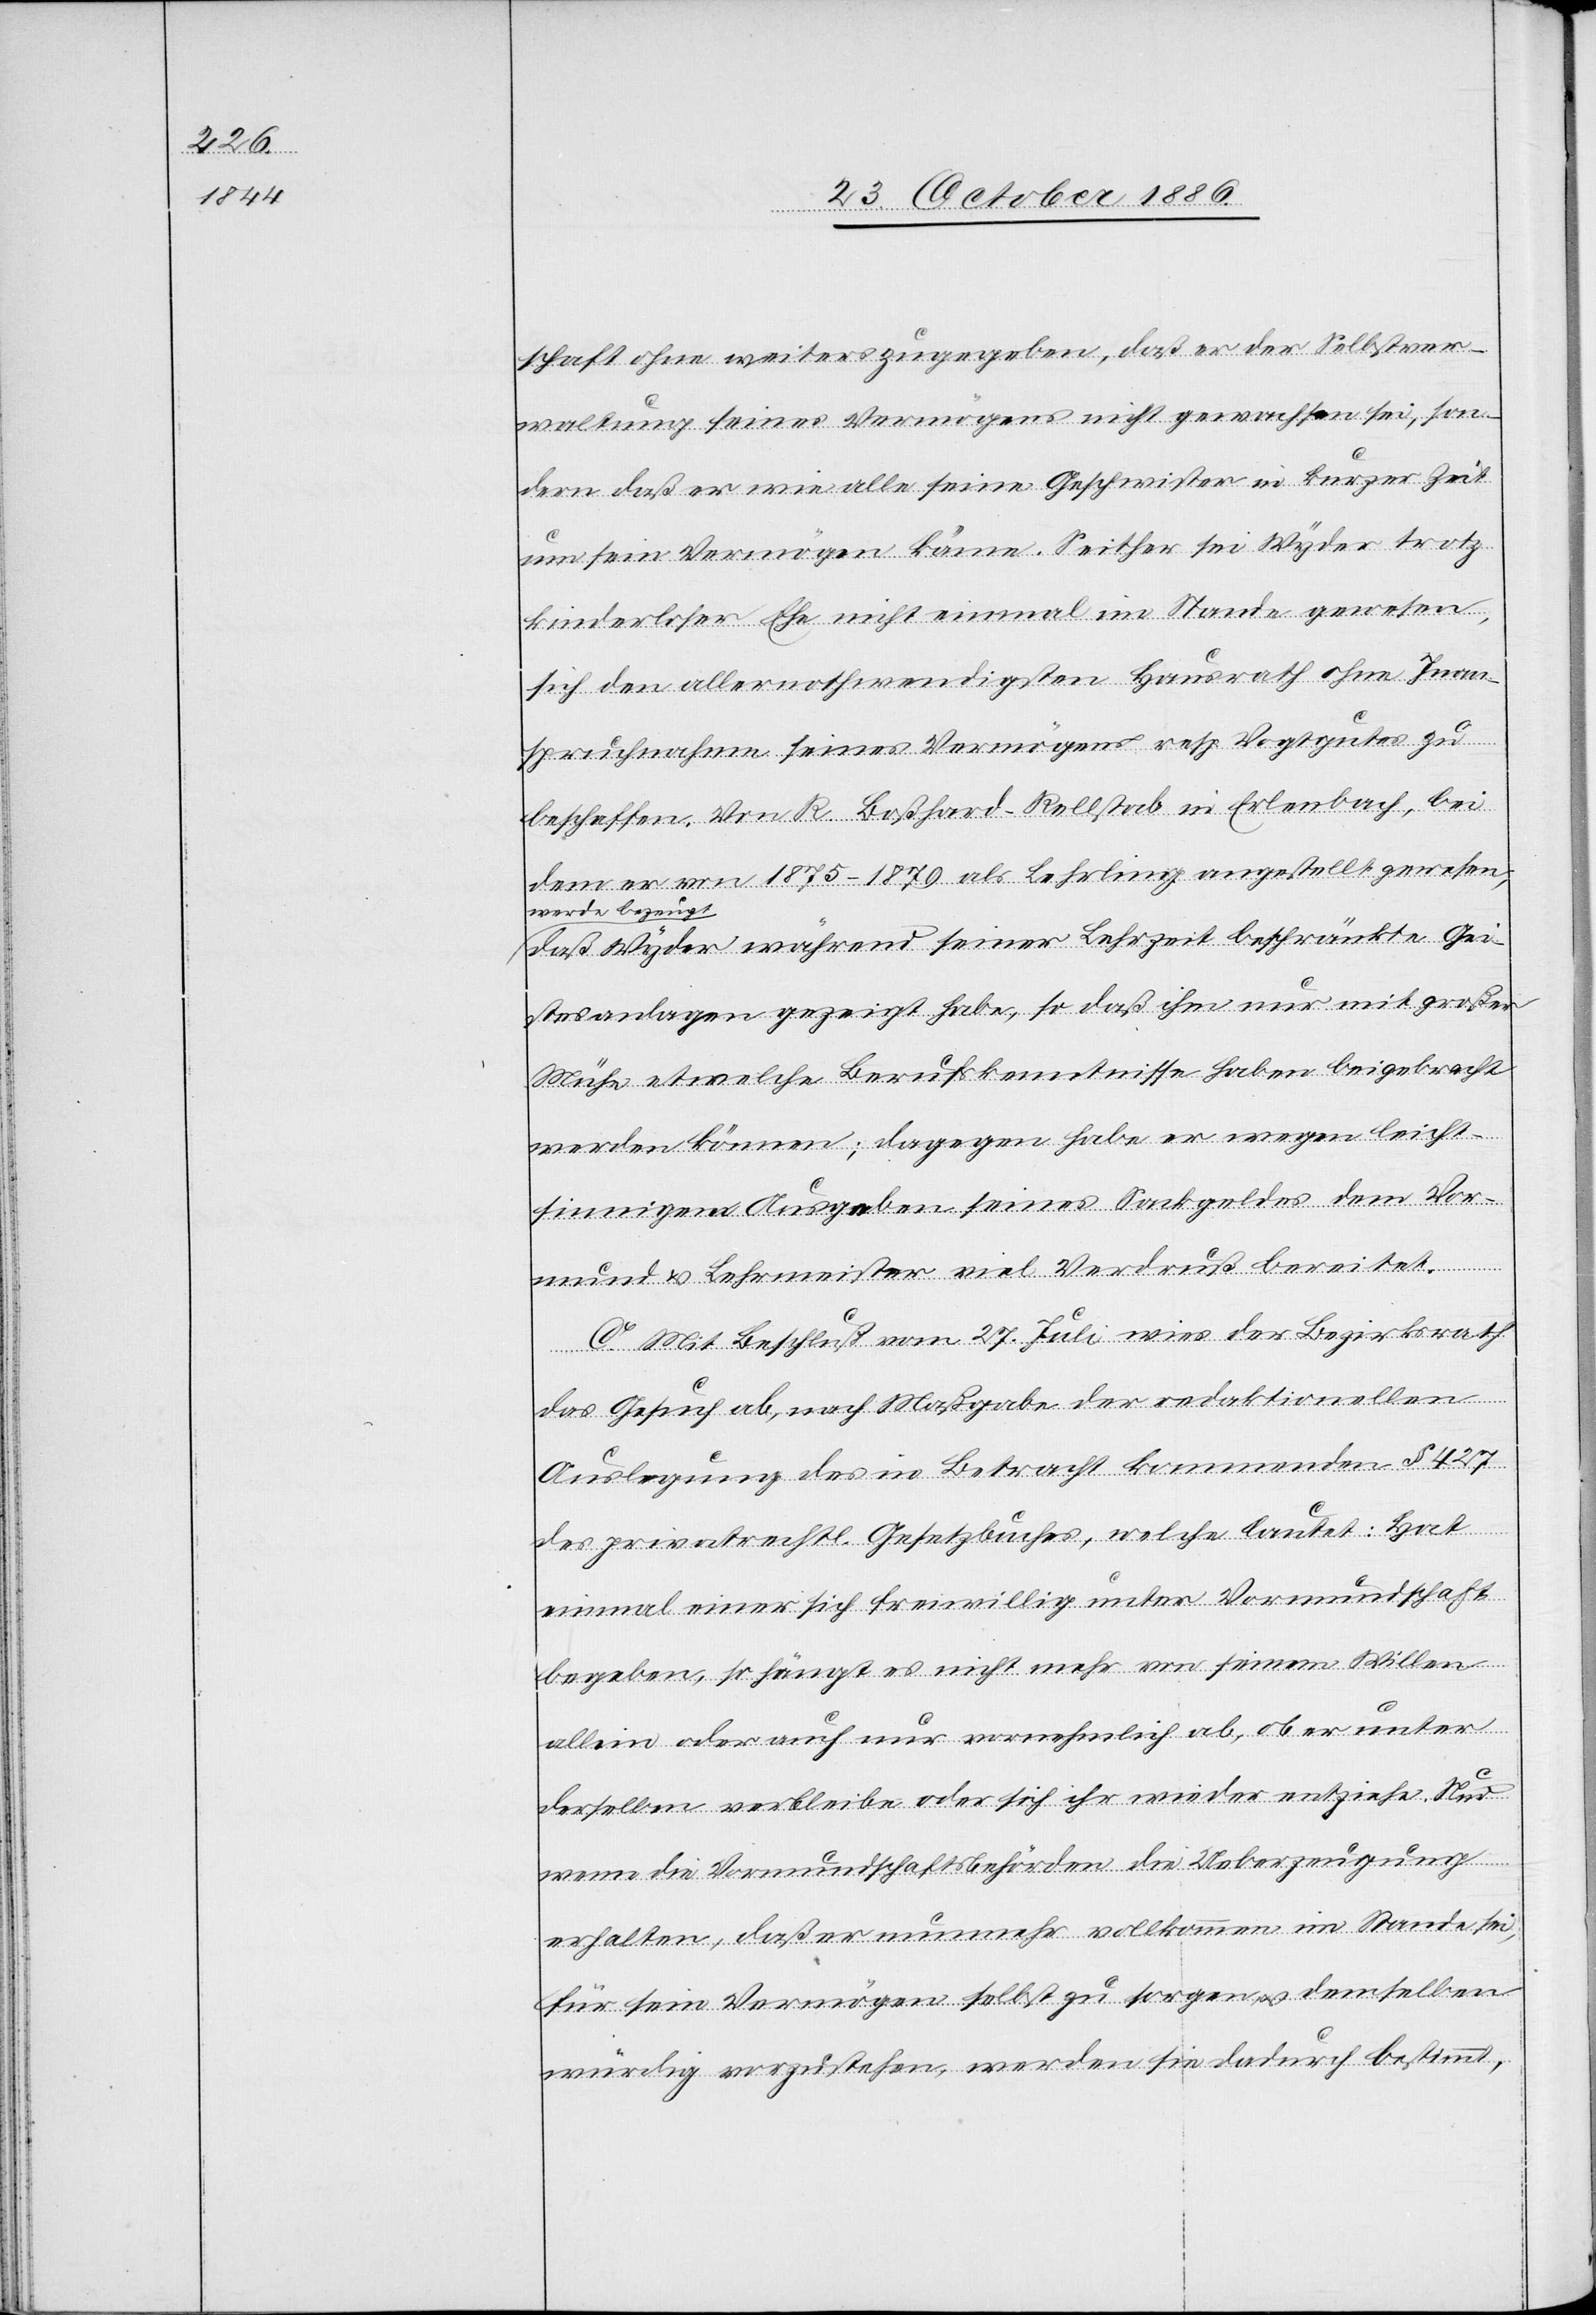
schaft ohne weiter[e]s zugegeben, daß er der Selbstver¬
waltung seines Vermögens nicht gewachsen sei, son¬
dern daß er wie alle seine Geschwister in kurzer Zeit
um sein Vermögen käme. Seither sei Wyder trotz
kinderloser Ehe nicht einmal im Stande gewesen,
sich den allernothwendigsten Hausrath ohne Inan¬
spruchnahme seines Vermögens resp. Vogtgutes zu
beschaffen. Von R. Boßhard-Rellstab in Erlenbach, bei
dem er von 1875–1879 als Lehrling angestellt gewesen,
werde bezeugt
daß Wyder während seiner Lehrzeit beschränkte Gei¬
stesanlagen gezeigt habe, so daß ihm nur mit großer
Mühe etwelche Berufskenntnisse haben beigebracht
werden können. Dagegen habe er wegen leicht¬
sinnigen Ausgaben seines Sackgeldes dem Vor¬
mund & Lehrmeister viel Verdruß bereitet.
C. Mit Beschluß vom 27. Juli wies der Bezirksrath
das Gesuch ab, nach Maßgabe der redaktionellen
Auslegung des in Betracht kommenden § 427
des privatrechtl. Gesetzbuches, welche lautet: „Hat
einmal einer sich freiwillig unter Vormundschaft
begeben, so hängt es nicht mehr von seinem Willen
allein oder auch nur vornehmlich ab, ob er unter
derselben verbleibe oder sich ihr wieder entziehe. Nur
wenn die Vormundschaftsbehörden die Ueberzeugung
erhalten, daß er nunmehr vollkommen im Stande sei,
für sein Vermögen selbst zu sorgen & demselben
würdig vorzustehen, werden sie dadurch bestimmt,